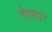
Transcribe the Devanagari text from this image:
देवपार